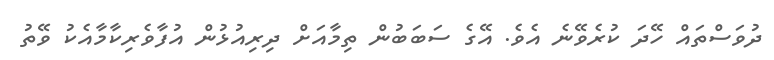
ދުވަސްތައް ހޭދަ ކުރެވޭނެ އެވެ. އޭގެ ސަބަބުން ތިމާއަށް ދިރިއުޅުން އުފާވެރިކާމާއެކު ވޭތު